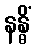
နန္ဓိံ